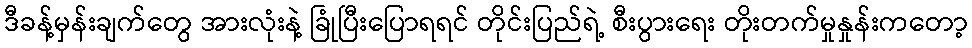
ဒီခန့်မှန်းချက်တွေ အားလုံးနဲ့ ခြုံပြီးပြောရရင် တိုင်းပြည်ရဲ့ စီးပွားရေး တိုးတက်မှုနှုန်းကတော့